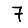
Digit: 7